Vaccine operations Central Provinces & Berar 1922-1929 - 1922-1929
Year: 1922
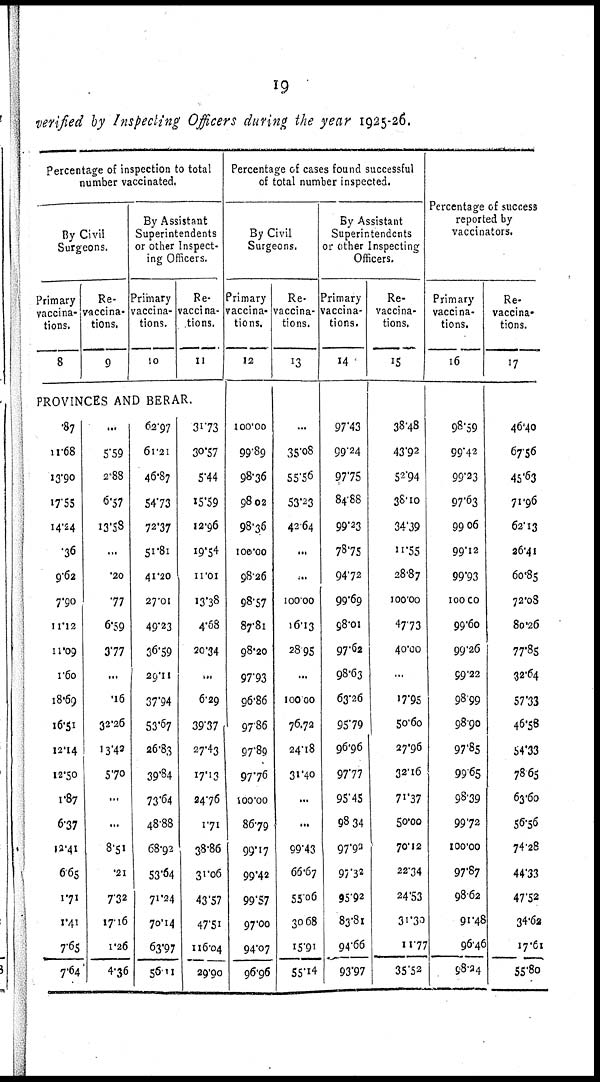
19
verified by Inspecting Officers during the year 1925-26.
Percentage of inspection to total
number vaccinated.
By Civil
Surgeons.
Primary
vaccina-
tions.
8
Re-
vaccina-
tions.
9
By Assistant
Superintendents
or other Inspect-
ing Officers.
Primary
vaccina-
tions.
10
Re-
vaccina-
tions.
11
PROVINCES AND BERAR.
.87
11.68
13.90
17.55
14.24
.36
9.62
7.90
11.12
11.09
1.60
18.69
16.51
12.14
12.50
1.87
6.37
12.41
6.65
1.71
1.41
7.65
7.64
...
5.59
2.88
6.57
13.58
...
.20
.77
6.59
3.77
...
.16
32.26
13.42
5.70
...
...
8.51
.21
7.32
17.16
1.26
4.36
62.97
61.21
46.87
54.73
72.37
51.81
41.20
27.01
49.23
36.59
29.11
37.94
53.67
26.83
39.84
73.64
48.88
68.92
53.64
71.24
70.14
63.97
56.11
31.73
30.57
5.44
15.59
12.96
19.54
11.01
13.38
4.68
20.34
...
6.29
39.37
27.43
17.13
24.76
1.71
38.86
31.06
43.57
47.51
116.04
29.90
Percentage of cases found successful
of total number inspected.
By Civil
Surgeons.
Primary
vaccina-
tions.
12
100.00
99.89
98.36
98.02
98.36
100.00
98.26
98.57
87.81
98.20
97.93
96.86
97.86
97.89
97.76
100.00
86.79
99.17
99.42
99.57
97.00
94.07
96.96
Re-
vaccina-
tions.
13
...
35.08
55.56
53.23
42.64
...
...
100.00
16.13
28.95
...
100.00
76.72
24.18
31.40
...
...
99.43
66.67
55.06
30.68
15.91
55.14
By Assistant
Superintendents
or other Inspecting
Officers.
Primary
vaccina-
tions.
14
97.43
99.24
97.75
84.88
99.23
78.75
94.72
99.69
98.01
97.62
98.63
63.26
95.79
96.96
97.77
95.45
98.34
97.92
97.32
95.92
83.81
94.66
93.97
Re-
vaccina-
tions.
15
38.48
43.92
52.94
38.10
34.39
11.55
28.87
100.00
47.73
40.00
...
17.95
50.60
27.96
32.16
71.37
50.00
70.12
22.34
24.53
31.30
11.77
35.52
Percentage of success
reported by
vaccinators.
Primary
vaccina-
tions.
16
98.59
99.42
99.23
97.63
99.06
99.12
99.93
100.00
99.60
99.26
99.22
98.99
98.90
97.85
99.65
98.39
99.72
100.00
97.87
98.62
91.48
96.46
98.24
Re-
vaccina-
tions.
17
46.40
67.56
45.63
71.96
62.13
26.41
60.85
72.08
80.26
77.85
32.64
57.33
46.58
64.33
78.65
63.60
56.56
74.28
44.33
47.52
34.62
17.61
55.80